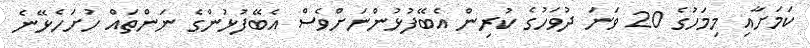
ކަމަށާއި މިމަހުގެ 20 ވަނަ ދުވަހުގެ ކުރިން އެބޭފުޅުންނަށްވެސް އެބޭފުޅުންގެ ނަންތައް ހުށަހެޅޭނެ